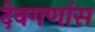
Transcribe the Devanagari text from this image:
देवगणांस